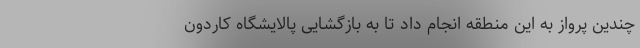
چندین پرواز به این منطقه انجام داد تا به بازگشایی پالایشگاه کاردون